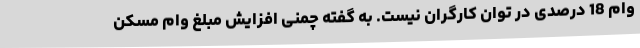
وام 18 درصدی در توان کارگران نیست. به گفته چمنی افزایش مبلغ وام مسکن